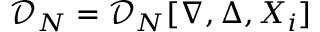
\mathscr { D } _ { N } = \mathscr { D } _ { N } [ \nabla , \Delta , X _ { i } ]